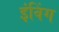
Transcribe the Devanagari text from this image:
इंविंग